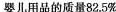
婴儿用品的质量82.5%